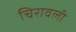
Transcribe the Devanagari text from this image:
चिरावली